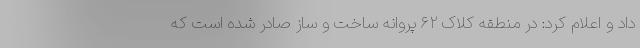
داد و اعلام کرد: در منطقه کلاک ۶۲ پروانه ساخت و ساز صادر شده است که